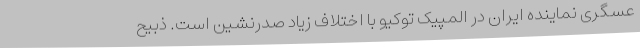
عسگری نماینده ایران در المپیک توکیو با اختلاف زیاد صدرنشین است. ذبیح